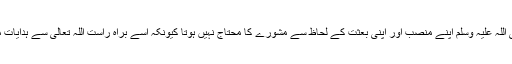
نبی صلی اللہ علیہ وسلم اپنے منصب اور اپنی بعثت کے لحاظ سے مشورے کا محتاج نہیں ہوتا کیونکہ اسے براہ راست اللہ تعالیٰ سے ہدایات ملتی ہیں۔